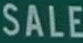
SALE